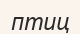
птиц